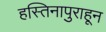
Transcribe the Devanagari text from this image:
हस्तिनापुराहून